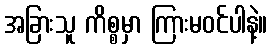
အခြားသူ ကိစ္စမှာ ကြားမဝင်ပါနဲ့။